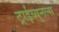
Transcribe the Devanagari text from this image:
ट्राईब्युनल्स